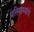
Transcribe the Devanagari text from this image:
प्रतिगाम्यांचे